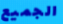
الجميع